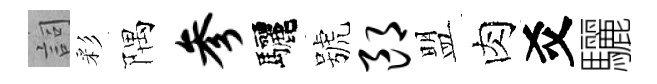
詞彩隅参驅號郎盟肉爻驪